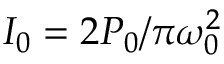
I _ { 0 } = 2 P _ { 0 } / \pi \omega _ { 0 } ^ { 2 }